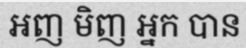
អញ មិញ អ្នក បាន